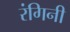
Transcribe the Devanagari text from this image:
रंगिनी